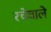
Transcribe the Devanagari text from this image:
रचेवाले